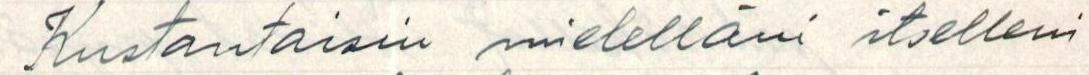
Kustantaisin mielelläni itselleni